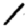
Digit: 1